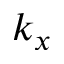
k _ { x }